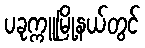
ပခုက္ကူမြို့နယ်တွင်